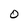
Character: O